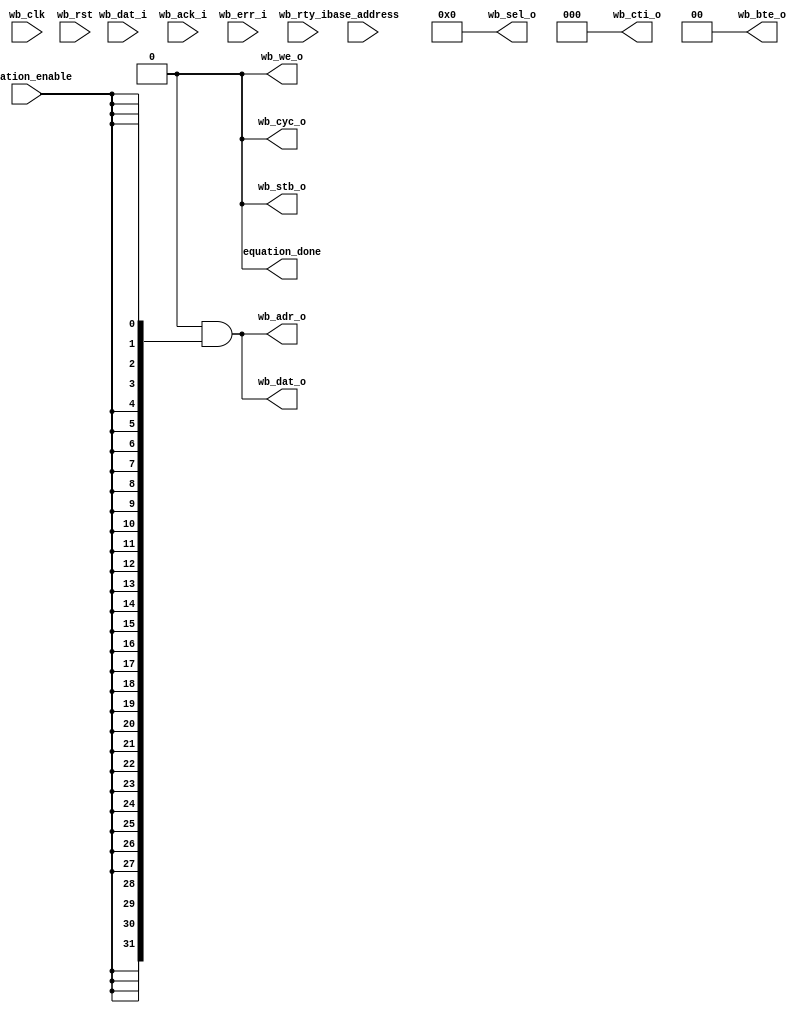
module equation_sum (/*AUTOARG*/
   // Outputs
   wb_adr_o, wb_dat_o, wb_sel_o, wb_we_o, wb_cyc_o, wb_stb_o,
   wb_cti_o, wb_bte_o, equation_done,
   // Inputs
   wb_clk, wb_rst, wb_dat_i, wb_ack_i, wb_err_i, wb_rty_i,
   base_address, equation_enable
   ) ;
 

   parameter dw = 32;
   parameter aw = 32;
   parameter DEBUG = 0;
   
   input 		wb_clk;
   input 		wb_rst;
   output wire [aw-1:0] wb_adr_o;
   output wire [dw-1:0] wb_dat_o;
   output wire [3:0]    wb_sel_o;
   output wire          wb_we_o;
   output wire          wb_cyc_o;
   output wire          wb_stb_o;
   output wire [2:0]    wb_cti_o;
   output wire [1:0]    wb_bte_o;
   input [dw-1:0]       wb_dat_i;
   input                wb_ack_i;
   input                wb_err_i;
   input                wb_rty_i;

   input [aw-1:0]       base_address;
   input                equation_enable;
   output               equation_done;

   assign wb_adr_o =  0 & {aw{equation_enable}};
   assign wb_dat_o =  0 & {dw{equation_enable}};
   assign wb_sel_o =  0 & equation_enable;
   assign wb_we_o  =  0 & equation_enable;
   assign wb_cyc_o =  0 & equation_enable;
   assign wb_stb_o =  0 & equation_enable;
   assign wb_cti_o =  0 & equation_enable;
   assign wb_bte_o =  0 & equation_enable;
   assign equation_done = 0;
   
   
endmodule